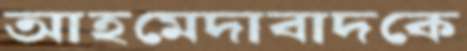
আহমেদাবাদকে